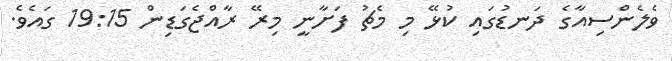
ވެލެންސިއާގެ ދަނޑުގައި ކުޅޭ މި މެޗު ފަށާނީ މިރޭ ރާއްޖެގަޑިން 19:15 ގައެވެ.